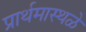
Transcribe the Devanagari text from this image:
प्रार्थमास्थळे